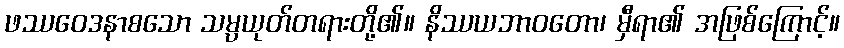
ဖဿဝေဒနာစသော သမ္ပယုတ်တရားတို့၏။ နိဿယဘာဝတော၊ မှီရာ၏ အဖြစ်ကြောင့်။